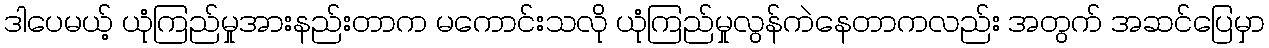
ဒါပေမယ့် ယုံကြည်မှုအားနည်းတာက မကောင်းသလို ယုံကြည်မှုလွန်ကဲနေတာကလည်း အတွက် အဆင်ပြေမှာ